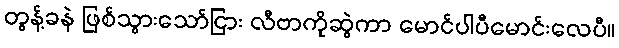
တွန့်ခနဲ ဖြစ်သွားသော်ငြား လီဗာကိုဆွဲကာ မောင်ပါပီမောင်းလေပီ။